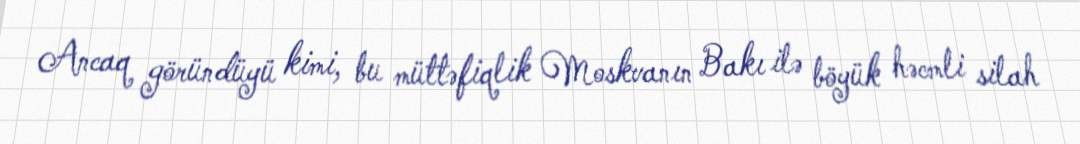
Ancaq göründüyü kimi, bu müttəfiqlik Moskvanın Bakı ilə böyük həcmli silah